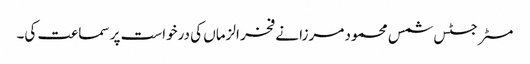
مسٹر جسٹس شمس محمود مرزا نے فخر الزماں کی درخواست پر سماعت کی۔